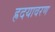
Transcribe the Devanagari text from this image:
ह्रदयावरण